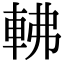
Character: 𨋥